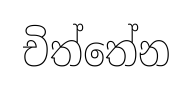
චිත්තේන